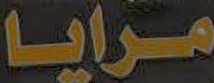
مرايا